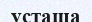
усташа